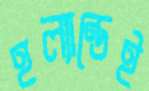
হল্যান্ডেই